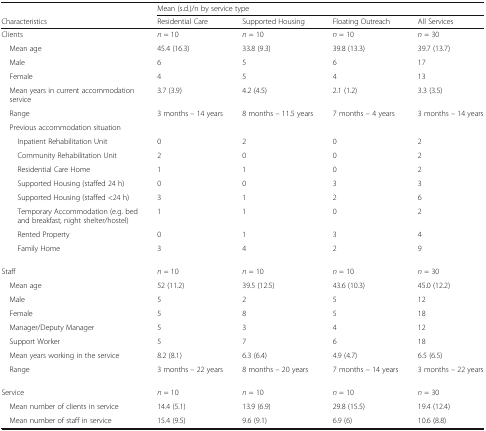
|  | <COLSPAN=4> Mean (s.d.)/n by service type |
 | Characteristics | Residential Care | Supported Housing | Floating Outreach | All Services |
 | --- | --- | --- | --- | --- |
 | Clients | n = 10 | n = 10 | n = 10 | n = 30 |
 | Mean age | 45.4 (16.3) | 33.8 (9.3) | 39.8 (13.3) | 39.7 (13.7) |
 | Male | 6 | 5 | 6 | 17 |
 | Female | 4 | 5 | 4 | 13 |
 | Mean years in current accommodation service | 3.7 (3.9) | 4.2 (4.5) | 2.1 (1.2) | 3.3 (3.5) |
 | Range | 3 months – 14 years | 8 months – 11.5 years | 7 months – 4 years | 3 months – 14 years |
 | Previous accommodation situation |  |  |  |  |
 | Inpatient Rehabilitation Unit | 0 | 2 | 0 | 2 |
 | Community Rehabilitation Unit | 2 | 0 | 0 | 2 |
 | Residential Care Home | 1 | 1 | 0 | 2 |
 | Supported Housing (staffed 24 h) | 0 | 0 | 3 | 3 |
 | Supported Housing (staffed <24 h) | 3 | 1 | 2 | 6 |
 | Temporary Accommodation (e.g. bed and breakfast, night shelter/hostel) | 1 | 1 | 0 | 2 |
 | Rented Property | 0 | 1 | 3 | 4 |
 | Family Home | 3 | 4 | 2 | 9 |
 | Staff | n = 10 | n = 10 | n = 10 | n = 30 |
 | Mean age | 52 (11.2) | 39.5 (12.5) | 43.6 (10.3) | 45.0 (12.2) |
 | Male | 5 | 2 | 5 | 12 |
 | Female | 5 | 8 | 5 | 18 |
 | Manager/Deputy Manager | 5 | 3 | 4 | 12 |
 | Support Worker | 5 | 7 | 6 | 18 |
 | Mean years working in the service | 8.2 (8.1) | 6.3 (6.4) | 4.9 (4.7) | 6.5 (6.5) |
 | Range | 3 months – 22 years | 8 months – 20 years | 7 months – 14 years | 3 months – 22 years |
 | Service | n = 10 | n = 10 | n = 10 | n = 30 |
 | Mean number of clients in service | 14.4 (5.1) | 13.9 (6.9) | 29.8 (15.5) | 19.4 (12.4) |
 | Mean number of staff in service | 15.4 (9.5) | 9.6 (9.1) | 6.9 (6) | 10.6 (8.8) |